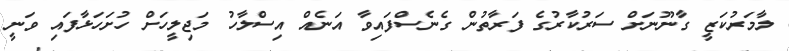
ލާމަރުކަޒީ ގާނޫނަށް ސަރުކާރުގެ ފަރާތުން ގެނެސްފައިވާ އަނެއް އިސްލާހު މަޖިލީހަށް ހުށަހަޅާފައި ވަނީ